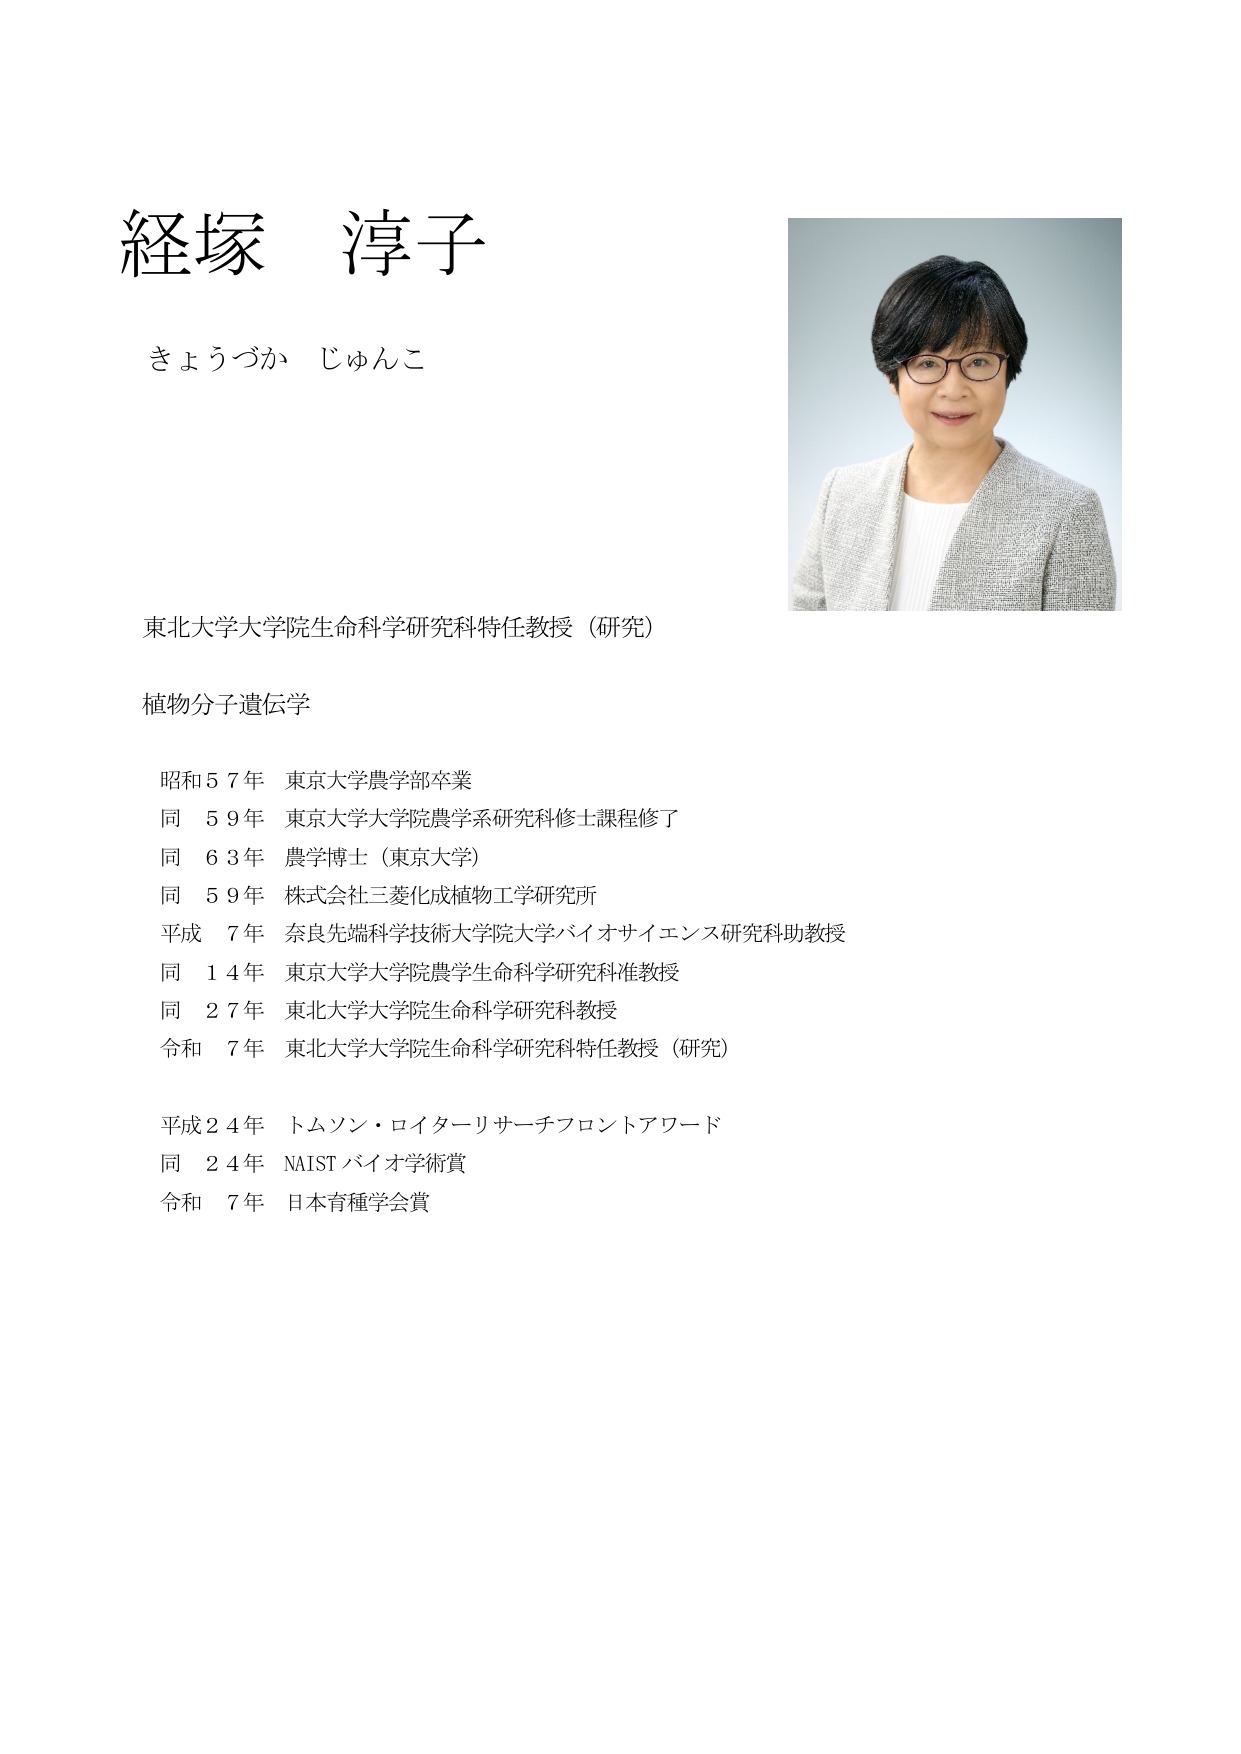
経塚 淳子
きょうづか じゅんこ

東北大学大学院生命科学研究科特任教授（研究）

植物分子遺伝学

昭和57年 東京大学農学部卒業
同 59年 東京大学大学院農学系研究科修士課程修了
同 63年 農学博士（東京大学）
同 59年 株式会社三菱化成植物工学研究所
平成 7年 奈良先端科学技術大学院大学バイオサイエンス研究科助教授
同 14年 東京大学大学院農学生命科学研究科准教授
同 27年 東北大学大学院生命科学研究科教授
令和 7年 東北大学大学院生命科学研究科特任教授（研究）

平成24年 トムソン・ロイターリサーチフロントアワード
同 24年 NAIST バイオ学術賞
令和 7年 日本育種学会賞